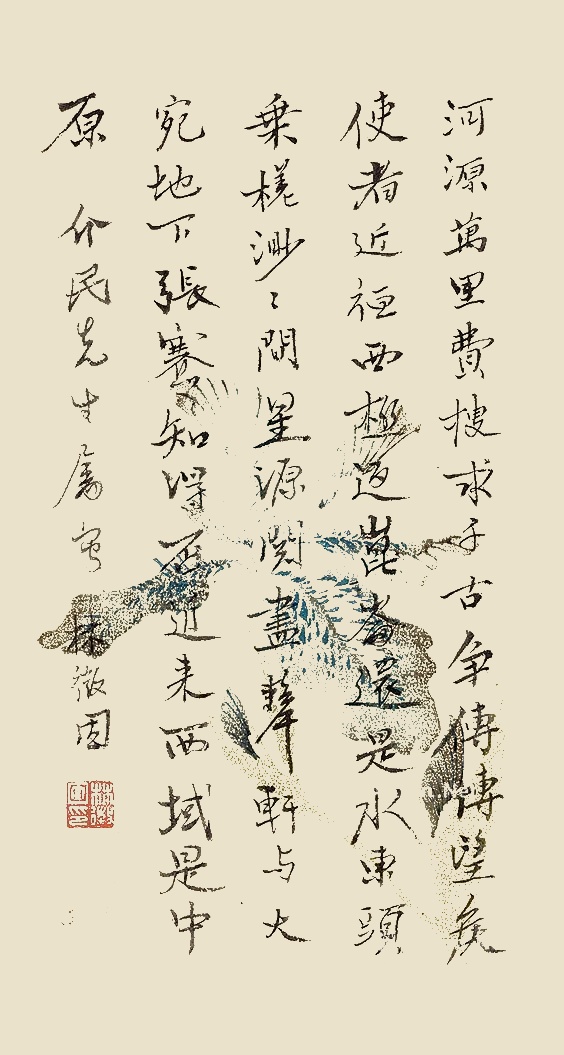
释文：河源万里费搜求，千古争传博望侯。使者近从西极返，昆仑还是水东头。乘槎渺渺问星源，阅尽牦轩与大宛。地下张骞知得否，近来西域是中原。介民先生属写。林徽因。